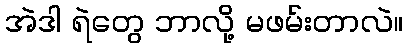
အဲဒါ ရဲတွေ ဘာလို့ မဖမ်းတာလဲ။